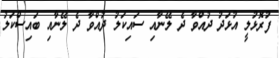
ފުރޮޅުލީ އުޅަދު ދުއްވާ ދެ ލޭނާއި ސައިކަލު ދުއްވާ ދެ ލޭނާއި ބައިސްކަލު